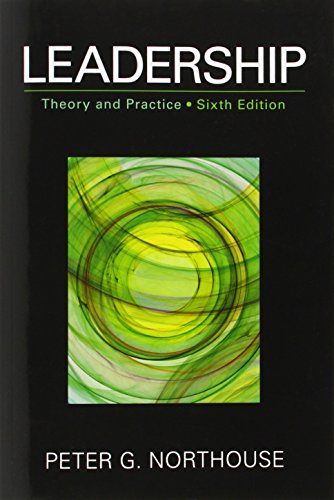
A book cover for Leadership: Theory and Practice, 6th Edition; Peter G. Northouse; Business & Money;